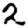
Digit: 2